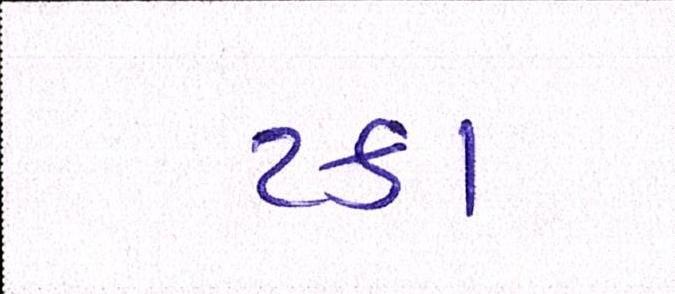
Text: ટકા